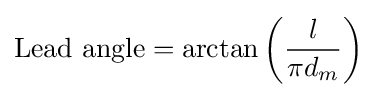
{\mbox{Lead angle}}=\arctan \left({\frac {l}{\pi d_{m}}}\right)